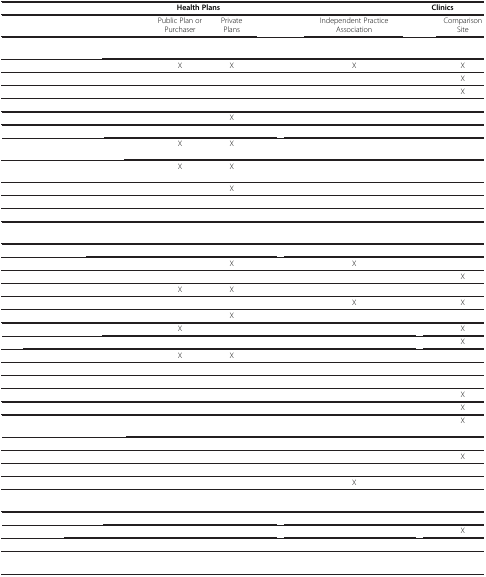
<table><thead><tr><td>[EMPTY_CELL]</td><td colspan="2"><b>Health Plans</b></td><td colspan="2">[EMPTY_CELL]</td><td colspan="2"><b>Clinics</b></td></tr></thead><tbody><tr><td>[EMPTY_CELL]</td><td>Public Plan or Purchaser</td><td>Private Plans</td><td>[EMPTY_CELL]</td><td>Independent Practice Association</td><td>[EMPTY_CELL]</td><td>Comparison Site</td></tr><tr><td>[EMPTY_CELL]</td><td>[EMPTY_CELL]</td><td>[EMPTY_CELL]</td><td>[EMPTY_CELL]</td><td>[EMPTY_CELL]</td><td>[EMPTY_CELL]</td><td>[EMPTY_CELL]</td></tr><tr><td>[EMPTY_CELL]</td><td>X</td><td>X</td><td>[EMPTY_CELL]</td><td>X</td><td>[EMPTY_CELL]</td><td>X</td></tr><tr><td>[EMPTY_CELL]</td><td>[EMPTY_CELL]</td><td>[EMPTY_CELL]</td><td>[EMPTY_CELL]</td><td>[EMPTY_CELL]</td><td>[EMPTY_CELL]</td><td>X</td></tr><tr><td>[EMPTY_CELL]</td><td>[EMPTY_CELL]</td><td>[EMPTY_CELL]</td><td>[EMPTY_CELL]</td><td>[EMPTY_CELL]</td><td>[EMPTY_CELL]</td><td>X</td></tr><tr><td>[EMPTY_CELL]</td><td>[EMPTY_CELL]</td><td>[EMPTY_CELL]</td><td>[EMPTY_CELL]</td><td>[EMPTY_CELL]</td><td>[EMPTY_CELL]</td><td>[EMPTY_CELL]</td></tr><tr><td>[EMPTY_CELL]</td><td>[EMPTY_CELL]</td><td>X</td><td>[EMPTY_CELL]</td><td>[EMPTY_CELL]</td><td>[EMPTY_CELL]</td><td>[EMPTY_CELL]</td></tr><tr><td>[EMPTY_CELL]</td><td>[EMPTY_CELL]</td><td>[EMPTY_CELL]</td><td>[EMPTY_CELL]</td><td>[EMPTY_CELL]</td><td>[EMPTY_CELL]</td><td>[EMPTY_CELL]</td></tr><tr><td>[EMPTY_CELL]</td><td>X</td><td>X</td><td>[EMPTY_CELL]</td><td>[EMPTY_CELL]</td><td>[EMPTY_CELL]</td><td>[EMPTY_CELL]</td></tr><tr><td>[EMPTY_CELL]</td><td>X</td><td>X</td><td>[EMPTY_CELL]</td><td>[EMPTY_CELL]</td><td>[EMPTY_CELL]</td><td>[EMPTY_CELL]</td></tr><tr><td>[EMPTY_CELL]</td><td>[EMPTY_CELL]</td><td>X</td><td>[EMPTY_CELL]</td><td>[EMPTY_CELL]</td><td>[EMPTY_CELL]</td><td>[EMPTY_CELL]</td></tr><tr><td>[EMPTY_CELL]</td><td>[EMPTY_CELL]</td><td>[EMPTY_CELL]</td><td>[EMPTY_CELL]</td><td>[EMPTY_CELL]</td><td>[EMPTY_CELL]</td><td>[EMPTY_CELL]</td></tr><tr><td>[EMPTY_CELL]</td><td>[EMPTY_CELL]</td><td>[EMPTY_CELL]</td><td>[EMPTY_CELL]</td><td>[EMPTY_CELL]</td><td>[EMPTY_CELL]</td><td>[EMPTY_CELL]</td></tr><tr><td>[EMPTY_CELL]</td><td>[EMPTY_CELL]</td><td>[EMPTY_CELL]</td><td>[EMPTY_CELL]</td><td>[EMPTY_CELL]</td><td>[EMPTY_CELL]</td><td>[EMPTY_CELL]</td></tr><tr><td>[EMPTY_CELL]</td><td>[EMPTY_CELL]</td><td>[EMPTY_CELL]</td><td>[EMPTY_CELL]</td><td>[EMPTY_CELL]</td><td>[EMPTY_CELL]</td><td>[EMPTY_CELL]</td></tr><tr><td>[EMPTY_CELL]</td><td>[EMPTY_CELL]</td><td>X</td><td>[EMPTY_CELL]</td><td>X</td><td>[EMPTY_CELL]</td><td>[EMPTY_CELL]</td></tr><tr><td>[EMPTY_CELL]</td><td>[EMPTY_CELL]</td><td>[EMPTY_CELL]</td><td>[EMPTY_CELL]</td><td>[EMPTY_CELL]</td><td>[EMPTY_CELL]</td><td>X</td></tr><tr><td>[EMPTY_CELL]</td><td>X</td><td>X</td><td>[EMPTY_CELL]</td><td>[EMPTY_CELL]</td><td>[EMPTY_CELL]</td><td>[EMPTY_CELL]</td></tr><tr><td>[EMPTY_CELL]</td><td>[EMPTY_CELL]</td><td>[EMPTY_CELL]</td><td>[EMPTY_CELL]</td><td>X</td><td>[EMPTY_CELL]</td><td>X</td></tr><tr><td>[EMPTY_CELL]</td><td>[EMPTY_CELL]</td><td>X</td><td>[EMPTY_CELL]</td><td>[EMPTY_CELL]</td><td>[EMPTY_CELL]</td><td>[EMPTY_CELL]</td></tr><tr><td>[EMPTY_CELL]</td><td>X</td><td>[EMPTY_CELL]</td><td>[EMPTY_CELL]</td><td>[EMPTY_CELL]</td><td>[EMPTY_CELL]</td><td>X</td></tr><tr><td>[EMPTY_CELL]</td><td>[EMPTY_CELL]</td><td>[EMPTY_CELL]</td><td>[EMPTY_CELL]</td><td>[EMPTY_CELL]</td><td>[EMPTY_CELL]</td><td>X</td></tr><tr><td>[EMPTY_CELL]</td><td>X</td><td>X</td><td>[EMPTY_CELL]</td><td>[EMPTY_CELL]</td><td>[EMPTY_CELL]</td><td>[EMPTY_CELL]</td></tr><tr><td>[EMPTY_CELL]</td><td>[EMPTY_CELL]</td><td>[EMPTY_CELL]</td><td>[EMPTY_CELL]</td><td>[EMPTY_CELL]</td><td>[EMPTY_CELL]</td><td>[EMPTY_CELL]</td></tr><tr><td>[EMPTY_CELL]</td><td>[EMPTY_CELL]</td><td>[EMPTY_CELL]</td><td>[EMPTY_CELL]</td><td>[EMPTY_CELL]</td><td>[EMPTY_CELL]</td><td>[EMPTY_CELL]</td></tr><tr><td>[EMPTY_CELL]</td><td>[EMPTY_CELL]</td><td>[EMPTY_CELL]</td><td>[EMPTY_CELL]</td><td>[EMPTY_CELL]</td><td>[EMPTY_CELL]</td><td>X</td></tr><tr><td>[EMPTY_CELL]</td><td>[EMPTY_CELL]</td><td>[EMPTY_CELL]</td><td>[EMPTY_CELL]</td><td>[EMPTY_CELL]</td><td>[EMPTY_CELL]</td><td>X</td></tr><tr><td>[EMPTY_CELL]</td><td>[EMPTY_CELL]</td><td>[EMPTY_CELL]</td><td>[EMPTY_CELL]</td><td>[EMPTY_CELL]</td><td>[EMPTY_CELL]</td><td>X</td></tr><tr><td>[EMPTY_CELL]</td><td>[EMPTY_CELL]</td><td>[EMPTY_CELL]</td><td>[EMPTY_CELL]</td><td>[EMPTY_CELL]</td><td>[EMPTY_CELL]</td><td>[EMPTY_CELL]</td></tr><tr><td>[EMPTY_CELL]</td><td>[EMPTY_CELL]</td><td>[EMPTY_CELL]</td><td>[EMPTY_CELL]</td><td>[EMPTY_CELL]</td><td>[EMPTY_CELL]</td><td>X</td></tr><tr><td>[EMPTY_CELL]</td><td>[EMPTY_CELL]</td><td>[EMPTY_CELL]</td><td>[EMPTY_CELL]</td><td>[EMPTY_CELL]</td><td>[EMPTY_CELL]</td><td>[EMPTY_CELL]</td></tr><tr><td>[EMPTY_CELL]</td><td>[EMPTY_CELL]</td><td>[EMPTY_CELL]</td><td>[EMPTY_CELL]</td><td>X</td><td>[EMPTY_CELL]</td><td>[EMPTY_CELL]</td></tr><tr><td>[EMPTY_CELL]</td><td>[EMPTY_CELL]</td><td>[EMPTY_CELL]</td><td>[EMPTY_CELL]</td><td>[EMPTY_CELL]</td><td>[EMPTY_CELL]</td><td>[EMPTY_CELL]</td></tr><tr><td>[EMPTY_CELL]</td><td>[EMPTY_CELL]</td><td>[EMPTY_CELL]</td><td>[EMPTY_CELL]</td><td>[EMPTY_CELL]</td><td>[EMPTY_CELL]</td><td>[EMPTY_CELL]</td></tr><tr><td>[EMPTY_CELL]</td><td>[EMPTY_CELL]</td><td>[EMPTY_CELL]</td><td>[EMPTY_CELL]</td><td>[EMPTY_CELL]</td><td>[EMPTY_CELL]</td><td>X</td></tr><tr><td>[EMPTY_CELL]</td><td>[EMPTY_CELL]</td><td>[EMPTY_CELL]</td><td>[EMPTY_CELL]</td><td>[EMPTY_CELL]</td><td>[EMPTY_CELL]</td><td>[EMPTY_CELL]</td></tr><tr><td>[EMPTY_CELL]</td><td>[EMPTY_CELL]</td><td>[EMPTY_CELL]</td><td>[EMPTY_CELL]</td><td>[EMPTY_CELL]</td><td>[EMPTY_CELL]</td><td>[EMPTY_CELL]</td></tr></tbody></table>